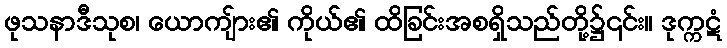
ဖုသနာဒီသုစ၊ ယောကျ်ား၏ ကိုယ်၏ ထိခြင်းအစရှိသည်တို့၌၎င်း။ ဒုက္ကဋံ